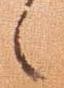
之